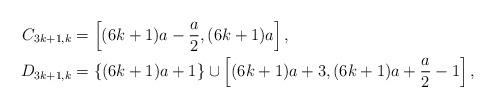
LaTeX: \begin{align*}C_{3k+1,k} & = \left[ (6k+1) a - \frac{a}{2}, (6k+1)a \right],\\D_{3k+1,k} & = \{(6k+1)a + 1 \} \cup \left[(6k+1)a + 3, (6k+1) a + \frac{a}{2} -1 \right],\end{align*}